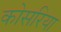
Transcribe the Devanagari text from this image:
कोसरिया